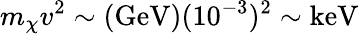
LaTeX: m_{\chi}v^{2}\sim(\mathrm{GeV})(10^{-3})^{2}\sim\mathrm{keV}